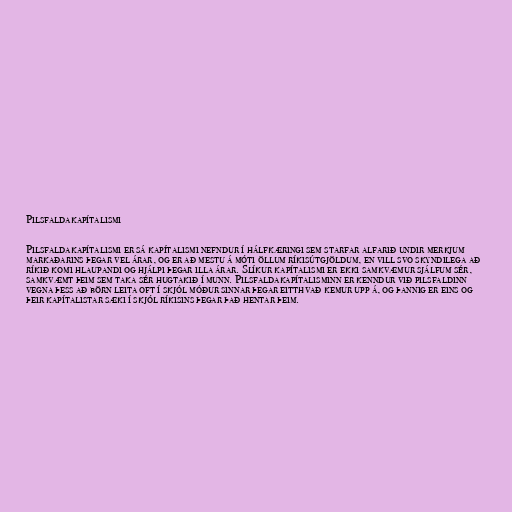
Pilsfaldakapítalismi

Pilsfaldakapítalismi er sá kapítalismi nefndur í hálfkæringi sem starfar alfarið undir merkjum
markaðarins þegar vel árar, og er að mestu á móti öllum ríkisútgjöldum, en vill svo skyndilega að
ríkið komi hlaupandi og hjálpi þegar illa árar. Slíkur kapítalismi er ekki samkvæmur sjálfum sér,
samkvæmt þeim sem taka sér hugtakið í munn. Pilsfaldakapítalisminn er kenndur við pilsfaldinn
vegna þess að börn leita oft í skjól móður sinnar þegar eitthvað kemur upp á, og þannig er eins og
þeir kapítalistar sæki í skjól ríkisins þegar það hentar þeim.